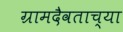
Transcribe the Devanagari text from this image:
ग्रामदैवताच्या